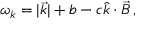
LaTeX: \omega _ { k } = | \vec { k } | + b - c \hat { k } \cdot \vec { B } \, ,